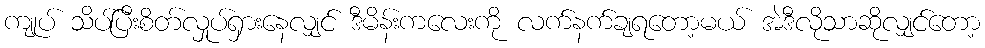
ကျုပ် သိပ်ပြီးစိတ်လှုပ်ရှားနေလျှင် ဒီမိန်းကလေးကို လက်နက်ချရတော့မယ် အဲဒီလိုသာဆိုလျှင်တော့